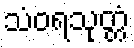
သံဝရသုတ္တံ